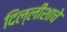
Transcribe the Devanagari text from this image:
दिल्लीशाचे